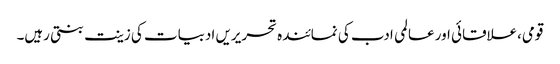
قومی،علاقائی اور عالمی ادب کی نمائندہ تحریریں ادبیات کی زینت بنتی رہیں۔